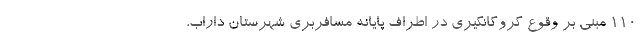
۱۱۰ مبنی بر وقوع گروگانگیری در اطراف پایانه مسافربری شهرستان داراب،